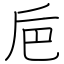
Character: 巵